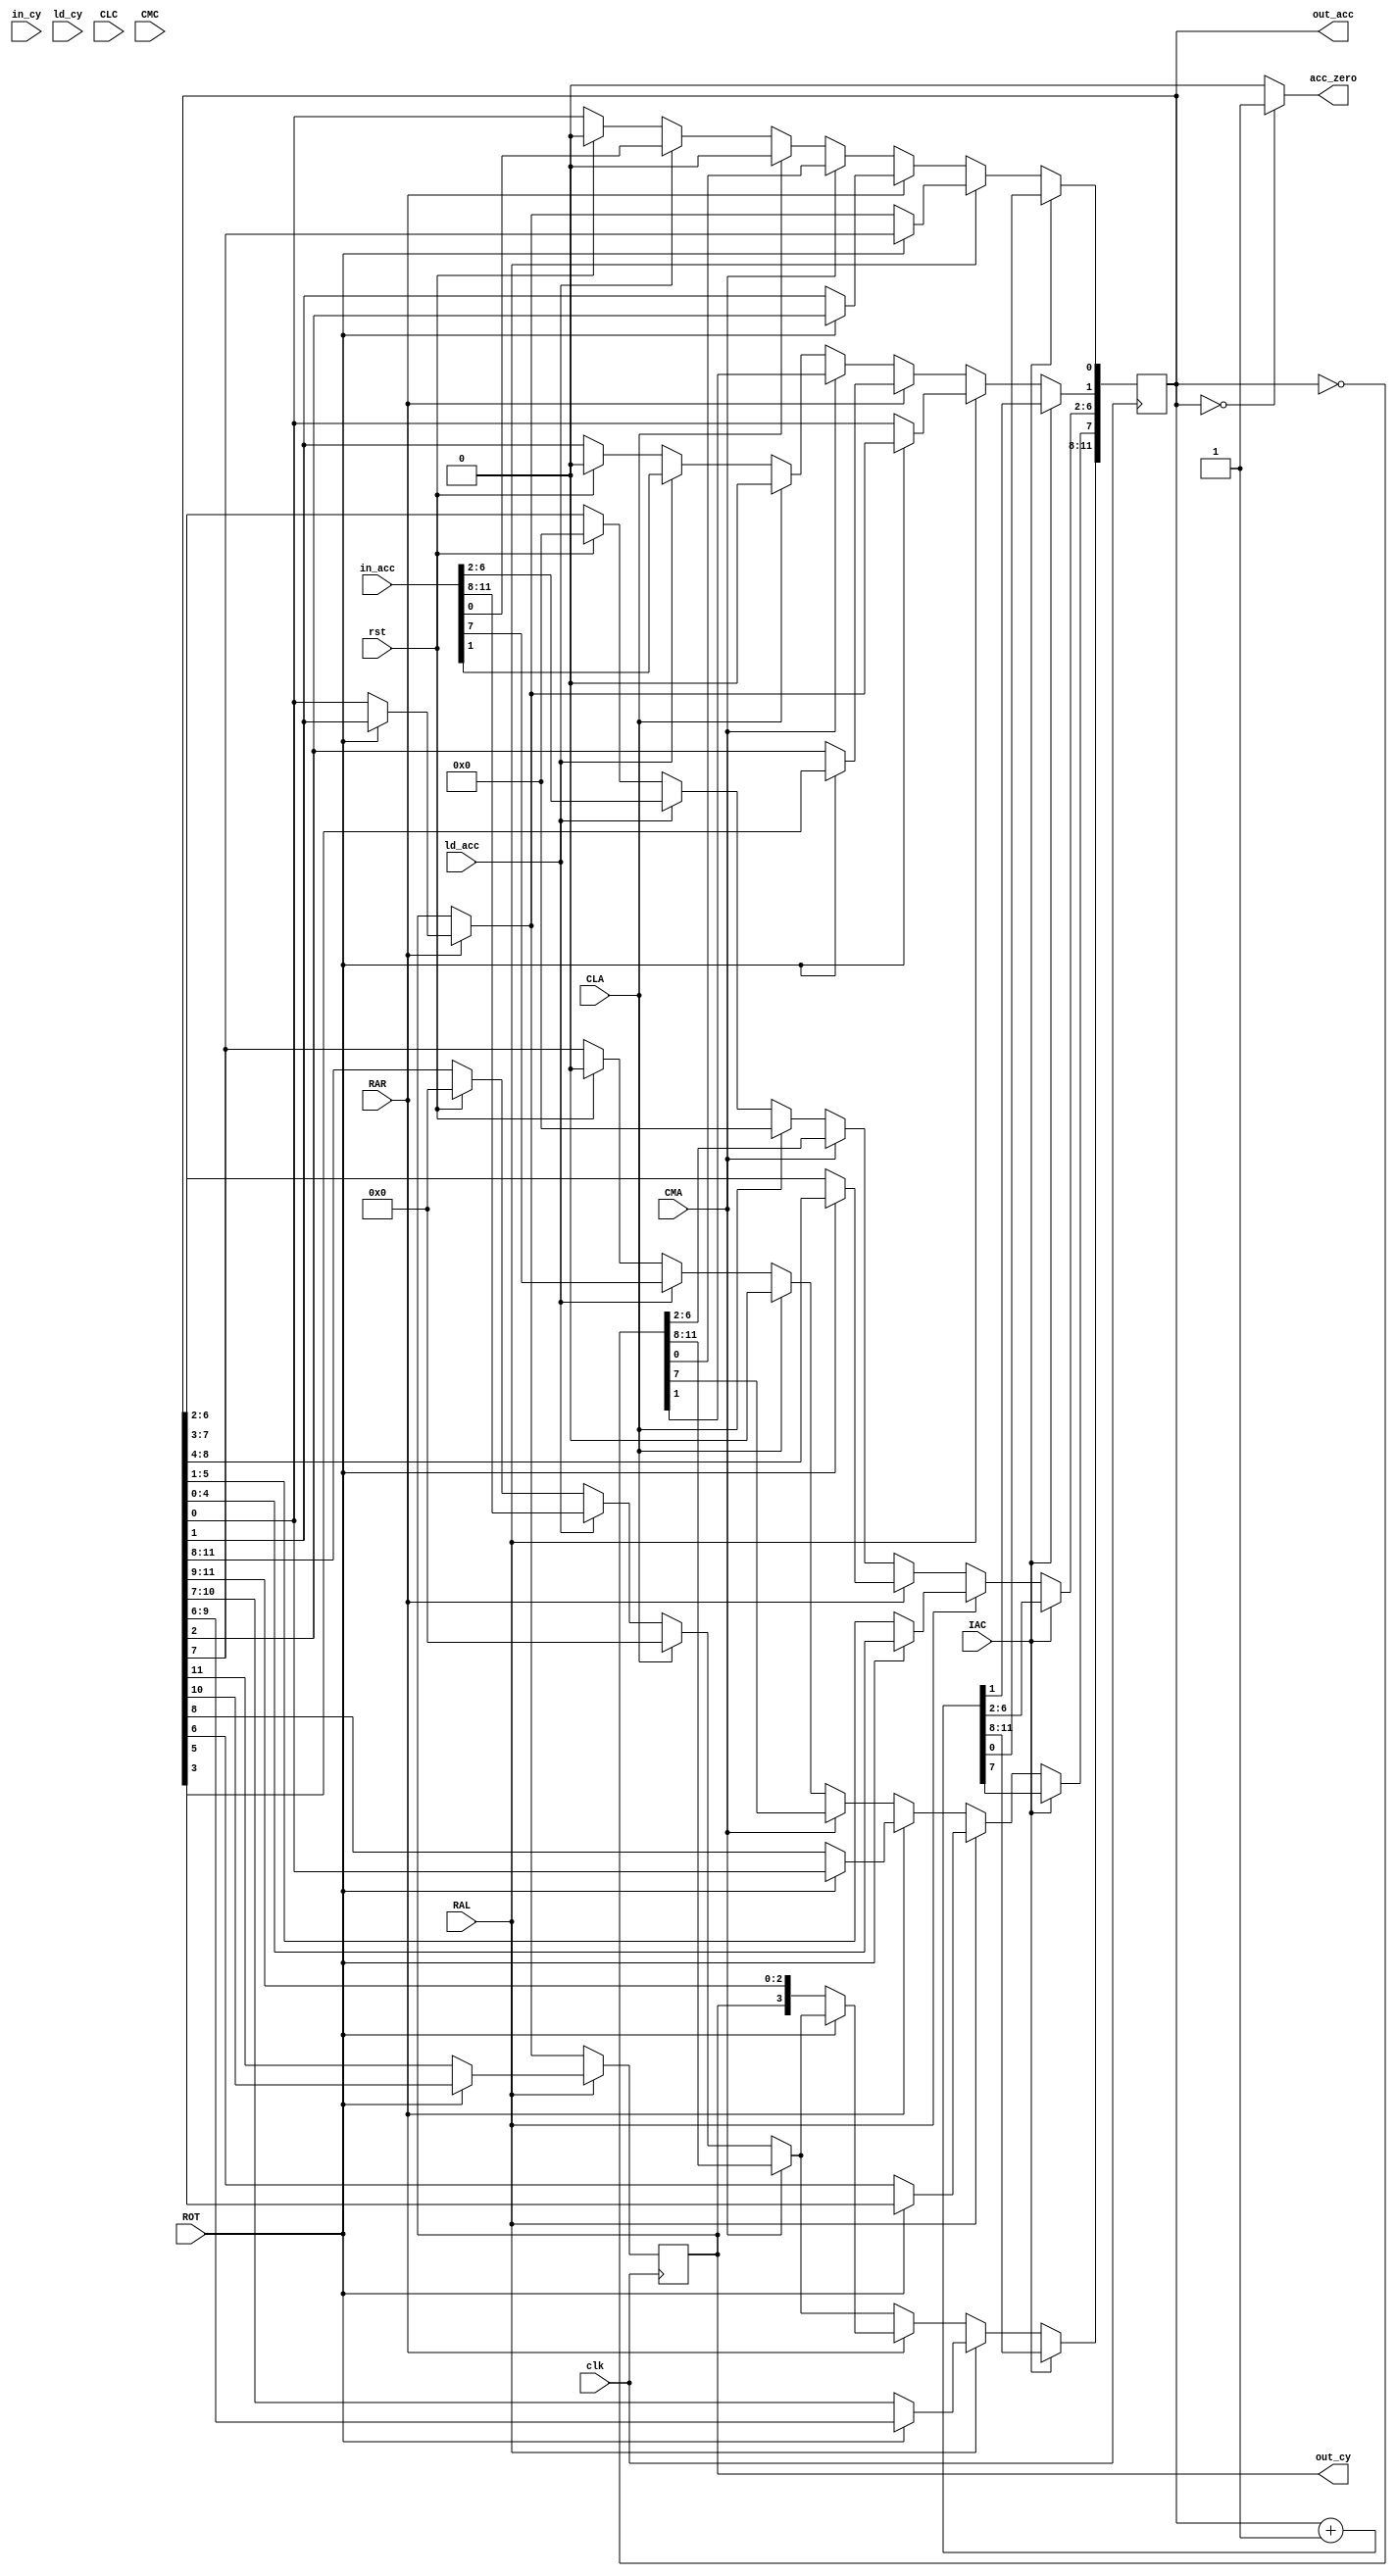
module acc(input clk,rst,input [11:0] in_acc,input in_cy,input ld_acc,ld_cy,CLA,CLC,CMA,CMC,RAR,RAL,ROT,IAC,output reg [11:0] out_acc,output reg out_cy ,output acc_zero);
  always@(posedge clk)begin
    if(rst)begin
      out_acc<=12'd0;
      out_cy<=1'd0;
    end
    if(ld_acc)begin
      out_acc<=in_acc;
    end
    if(ld_cy)begin
      out_cy<=in_cy;
    end
    if(CLA)
      out_acc<=12'd0;
    if(CLC)
      out_cy<=1'd0;
    if(CMA)begin
      out_acc<=~(out_acc);
    end 
    if(CMC)begin
      out_cy<=~(out_cy);
    end
    if(RAR) begin
      if(~ROT)  begin out_acc<=({out_cy, out_acc} >> 1); out_cy = out_acc[0]; end
      else  begin out_acc[6:0]<= {out_cy, out_acc} >> 2; out_cy <= out_acc[1]; out_acc[7]<= out_acc[0]; end
    end
    if(RAL) begin  
      if(~ROT) begin {out_cy,out_acc} <= out_acc << 1; out_acc[0]<= out_cy; end   
      else  begin {out_cy,out_acc} <= out_acc << 2; out_acc[1]<= out_cy; out_acc[0] <= out_acc[7]; end
    end
    if(IAC) begin
      out_acc<=(out_acc+1);
     end
  end
  assign acc_zero=(out_acc==1'b0)?1'b1:1'b0;
endmodule